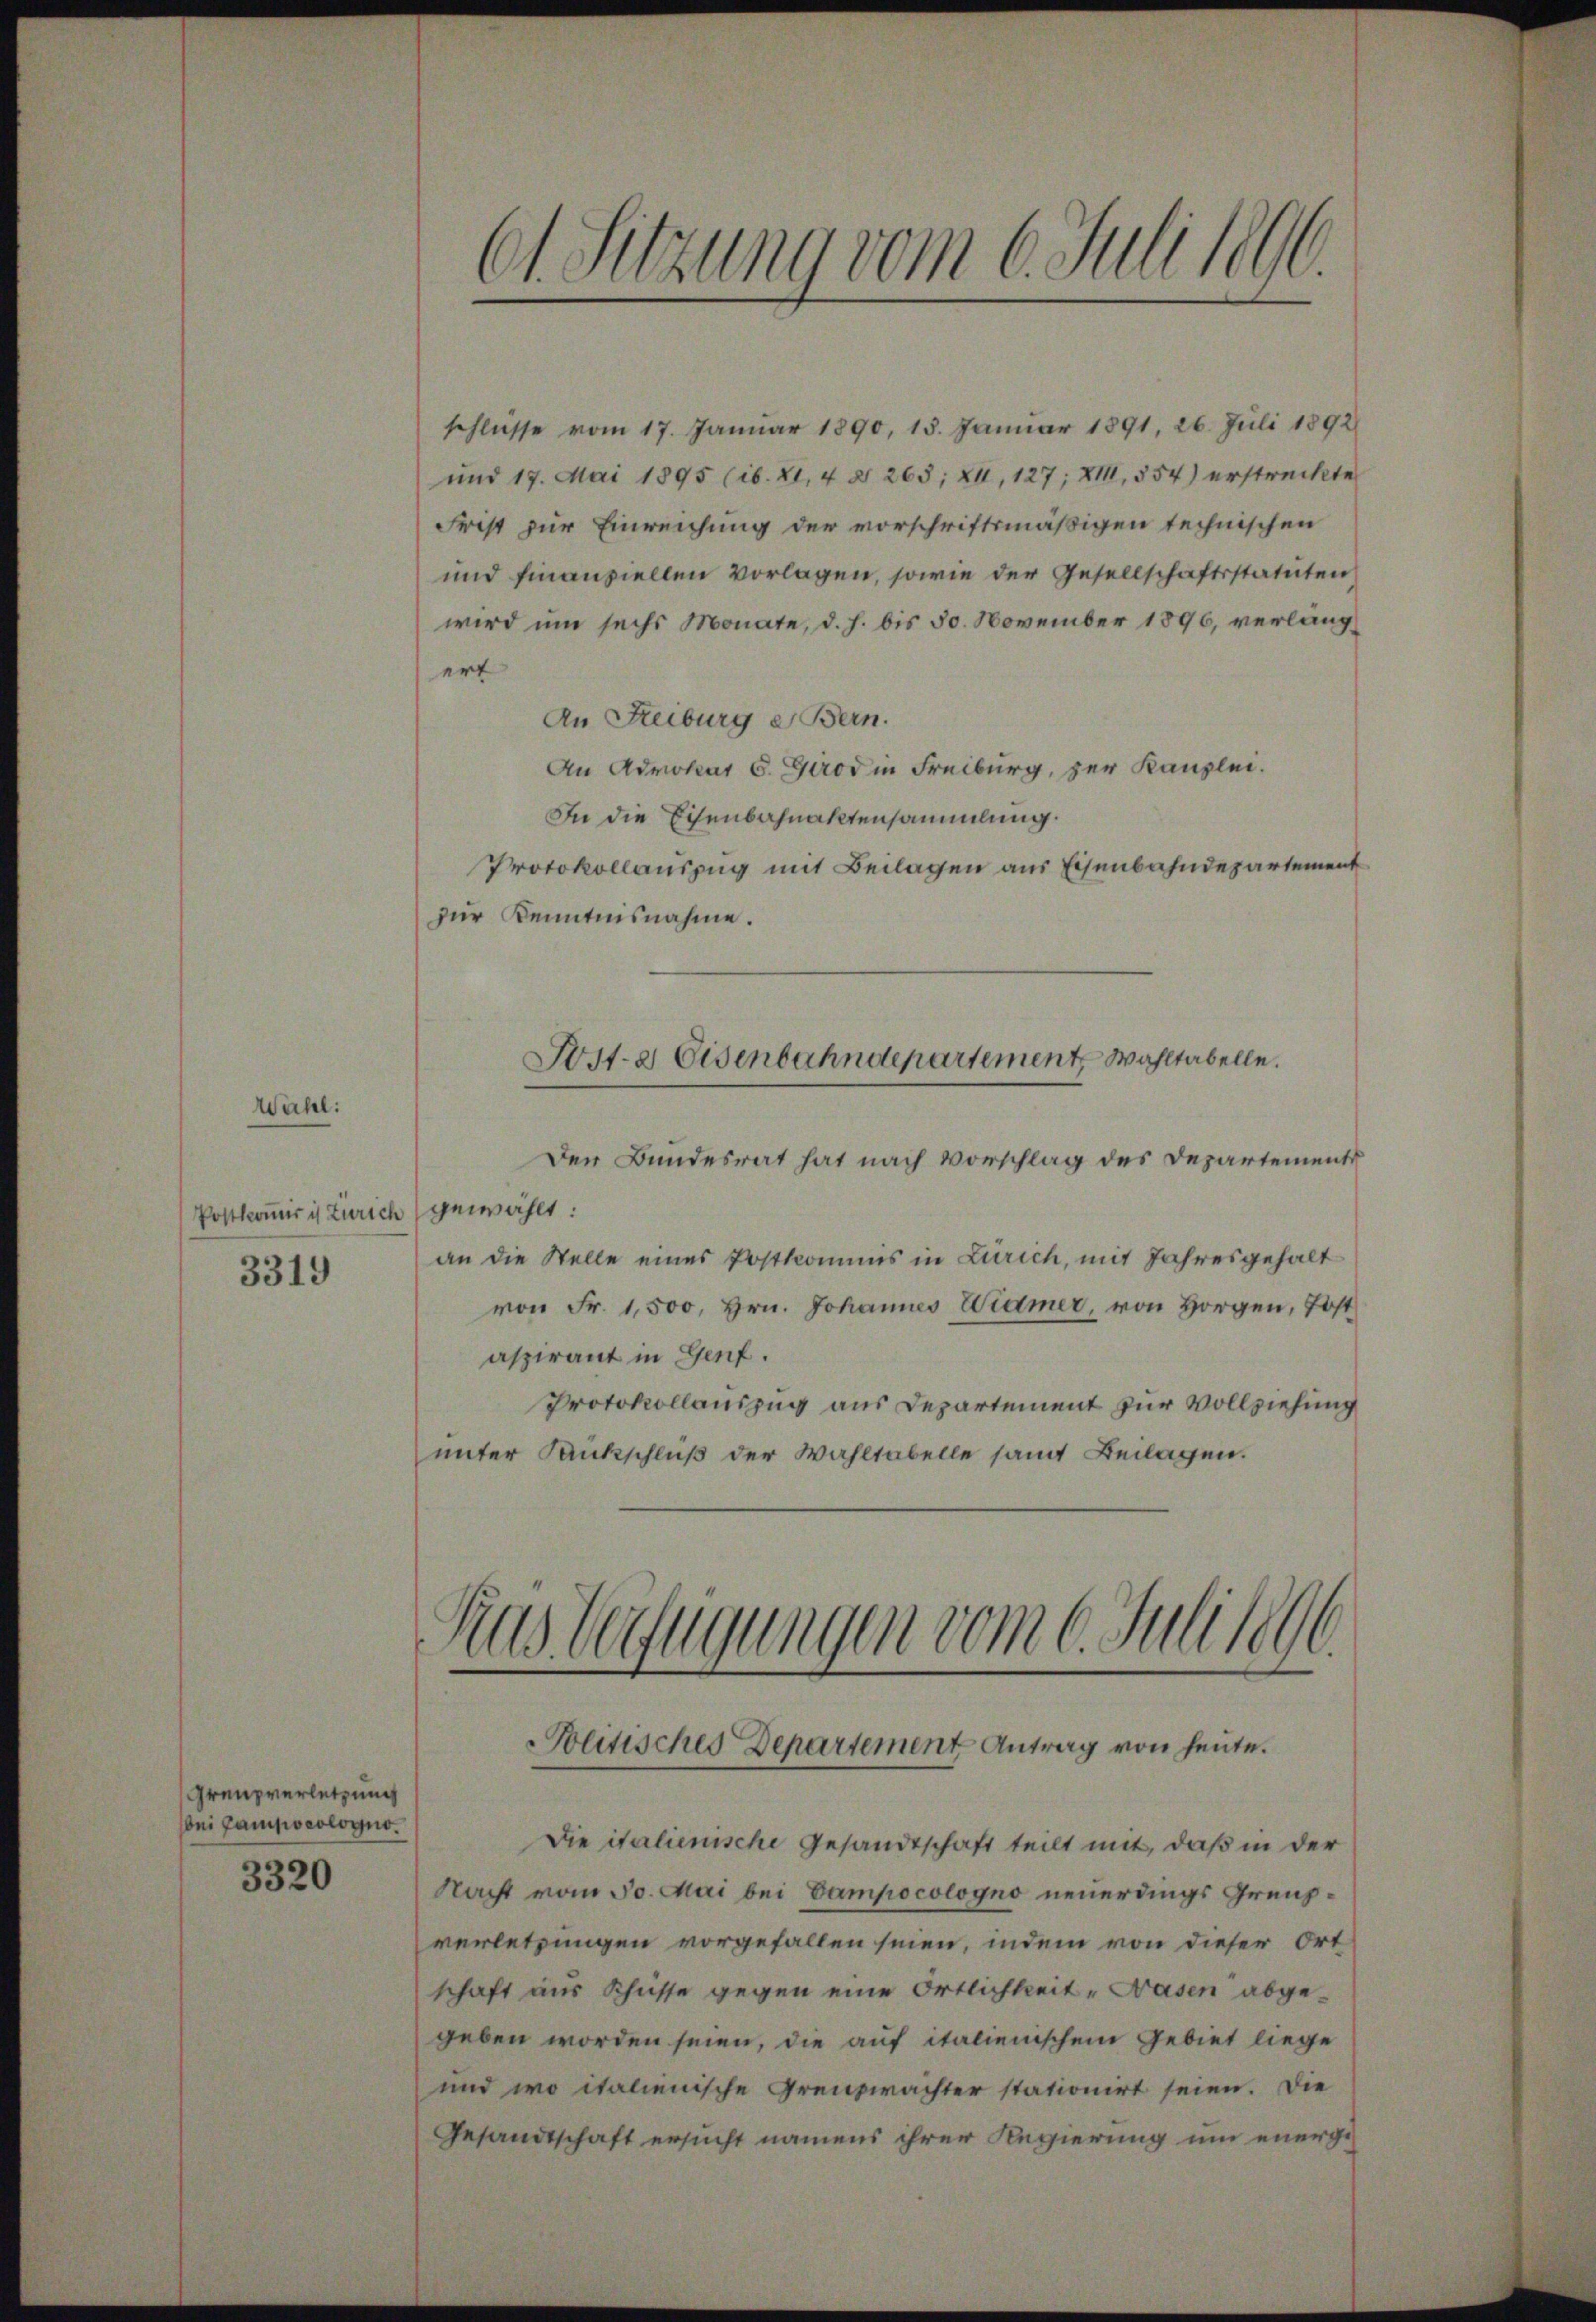
Wähl:

schlüsse vom 17. Januar 1890, 18. Januar 1891, 26. Juli 1892
und 17. Mai 1895 (ib. XI, 4 § 265; XII, 127; XIII, 554) erstreckte
Frist zur Einreichung der vorschriftsmäßigen technischen
und finanziellen vorlagen, sowie der Gesellschaftsstatuten
wird um sechs Monate, d. h. bis 50. November 1896, verlangert
An Reiburg Bern.
An Advokat S. Grod in Freiburg, zur Kanzlei.
In die Eisenbahnaktensammlung.
Protokollauszug mit Beilagen aus Eisenbahndepartement
zur Kenntnisnahme.
Wst-a Eisenbahndepartement, Wahltabelle.
Der Bundesrat hat nach Vorschlag des Departements
Postkomir is Zürich gewählt:
an die Stelle eines Postkommis in Zürich, mit Jahresgehalt
von Fr. 1,500, Hrn. Johannes Widmer, von Horgen, Post
aspirant in Genf.
Protokollauszug aus Departement zur Vollziehung
unter Dankschluß der Wahltabelle samt Beilagen.

3319

Grenzverletzung
bei Gampoeologno.
3320

.
61. Sitzung vom 6. Juli l.
e

Rus Verfügungen vom 6. Juli 189
Solitisches Departement Antrag von heute.

Die italienische Gesandtschaft teilt mit, daß in der
Nacht vom 30. Mai bei Gampocologno neuerdings Grenzverletzungen vorgefallen seien, indem von dieser Ort
schaft aus Schüsse gegen eine Ortlichkeit "Wasen abgegeben worden seien, die auf italienischem Gebiet liege
und wo italienische Grenzwächter stationirt seien. Die
Gesandtschaft ersucht namens ihrer Regierung um energe¬